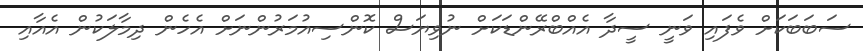
ސަބަބަކަށް ވެފައި ވަނީ ސީދާ އެއްބްރޭންޑަކަށް ނުވިޔަސް ކޮންސިއުމަރުންނަށް އެހެން ދިމާލަކުން އެއާއި